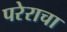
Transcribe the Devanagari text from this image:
परेराचा